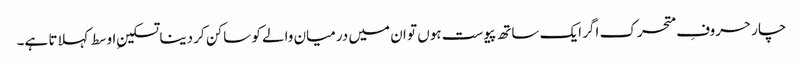
چار حروفِ متحرک اگر ایک ساتھ پیوست ہوں تو ان میں درمیان والے کو ساکن کر دینا تسکینِ اوسط کہلاتا ہے۔